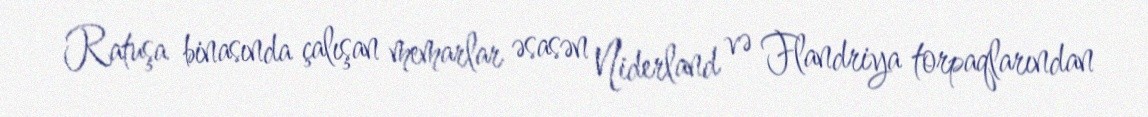
Ratuşa binasında çalışan memarlar əsasən Niderland və Flandriya torpaqlarından